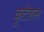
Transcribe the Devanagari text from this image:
कृटेशस